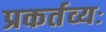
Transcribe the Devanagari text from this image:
प्रकर्तव्यः